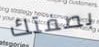
بصفتك